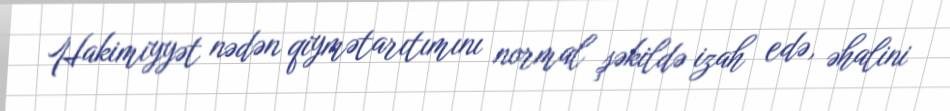
Hakimiyyət nədən qiymətarıtımını normal şəkildə izah edə, əhalini